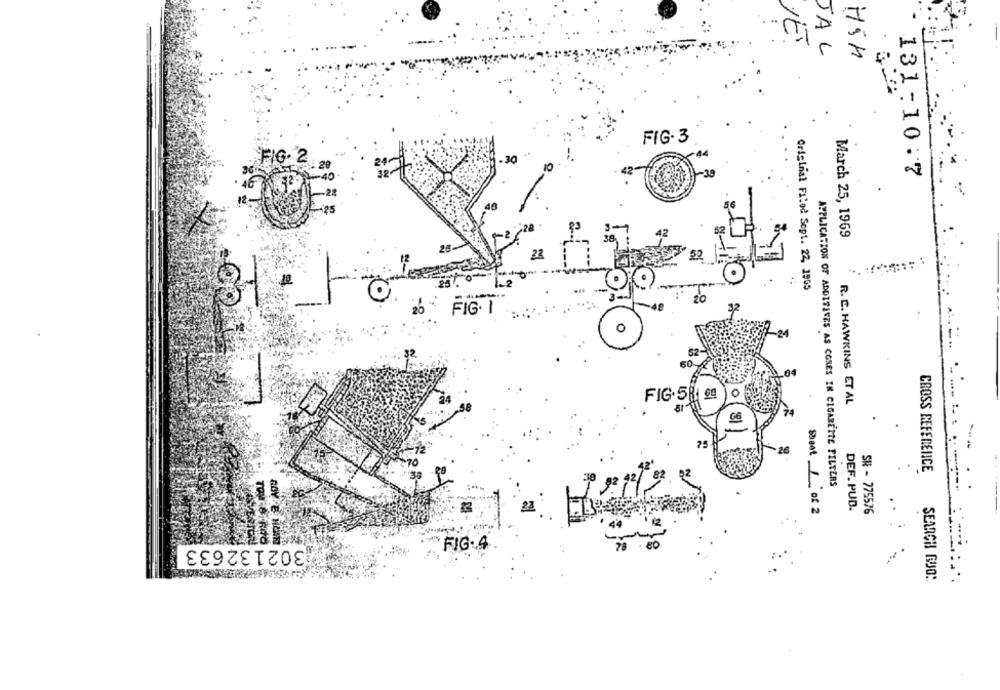
JE.
JAL
Hin
FIG.3
FIG. 2
-30
38-
131- 10:7
16
42
March 25, 1969
25.
23.
Original Filed Sopt. 22, 1965
31
FIG. 1
32
0
FIG.58 64
R. C. HAWKINS ET AL
06
CROSS REFERENCE
APPLICATION OF ADDITIVES AS CORES IN CIGARETTE FILTERS
Staat 1 of 2
DEF. PUD.
SR - 775576
302132633
FIG.4
70
:..
SEARCH RUSO: